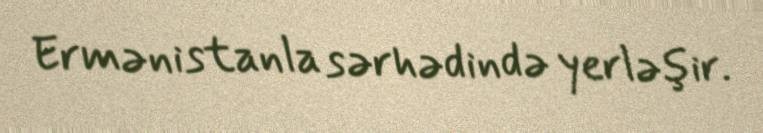
Ermənistanla sərhədində yerləşir.